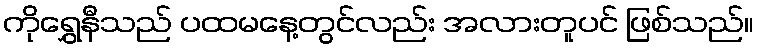
ကိုရွှေနီသည် ပထမနေ့တွင်လည်း အလားတူပင် ဖြစ်သည်။